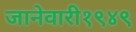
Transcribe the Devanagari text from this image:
जानेवारी१९४९